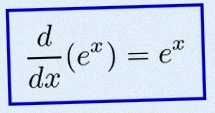
\frac{d}{dx}(e^x)=e^x